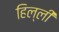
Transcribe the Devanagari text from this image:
हिल्ली